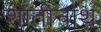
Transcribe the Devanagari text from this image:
शांतीनाथ